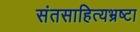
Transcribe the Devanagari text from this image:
संतसाहित्यभ्रष्टा